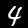
Digit: 4